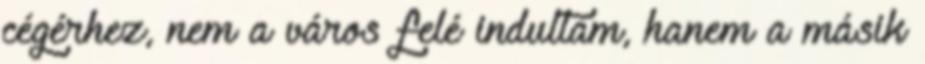
cégérhez, nem a város felé indultam, hanem a másik